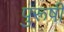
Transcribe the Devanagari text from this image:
पुरूषी